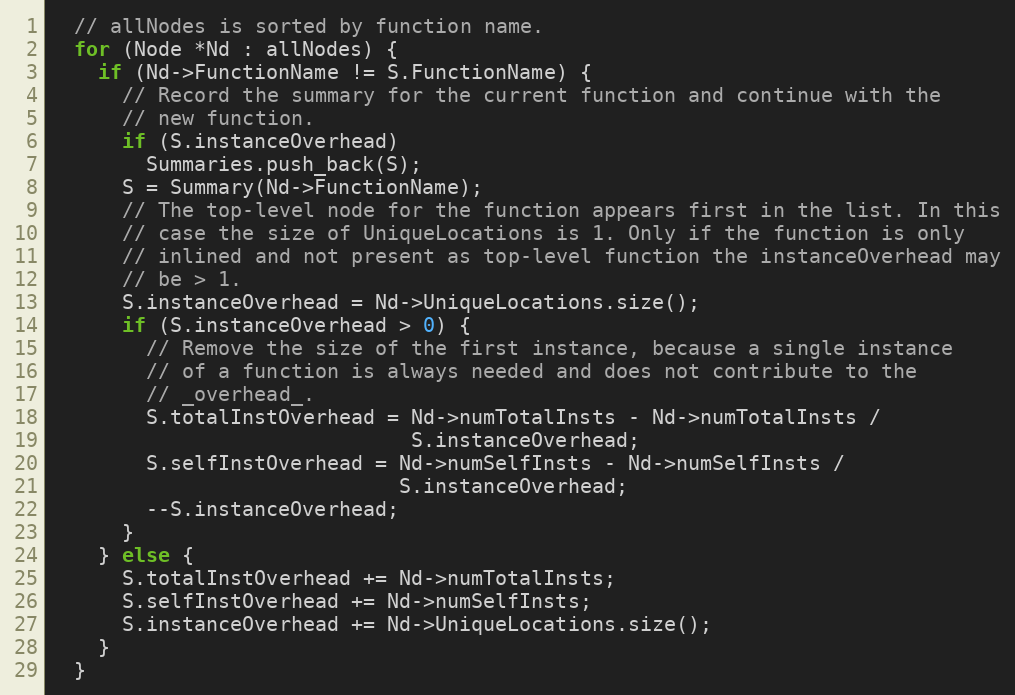
Language: C++
  // allNodes is sorted by function name.
  for (Node *Nd : allNodes) {
    if (Nd->FunctionName != S.FunctionName) {
      // Record the summary for the current function and continue with the
      // new function.
      if (S.instanceOverhead)
        Summaries.push_back(S);
      S = Summary(Nd->FunctionName);
      // The top-level node for the function appears first in the list. In this
      // case the size of UniqueLocations is 1. Only if the function is only
      // inlined and not present as top-level function the instanceOverhead may
      // be > 1.
      S.instanceOverhead = Nd->UniqueLocations.size();
      if (S.instanceOverhead > 0) {
        // Remove the size of the first instance, because a single instance
        // of a function is always needed and does not contribute to the
        // _overhead_.
        S.totalInstOverhead = Nd->numTotalInsts - Nd->numTotalInsts /
                              S.instanceOverhead;
        S.selfInstOverhead = Nd->numSelfInsts - Nd->numSelfInsts /
                             S.instanceOverhead;
        --S.instanceOverhead;
      }
    } else {
      S.totalInstOverhead += Nd->numTotalInsts;
      S.selfInstOverhead += Nd->numSelfInsts;
      S.instanceOverhead += Nd->UniqueLocations.size();
    }
  }